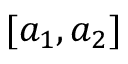
[ a _ { 1 } , a _ { 2 } ]